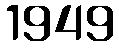
1949